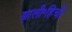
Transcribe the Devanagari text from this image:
झाली॰हिची